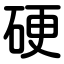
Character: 硬